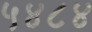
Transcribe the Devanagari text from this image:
५४८४